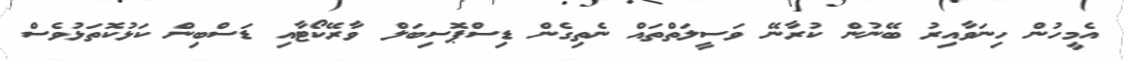
އެމީހުން ހިނަވާއިރު ބޭނުން ކުރާނޭ ވަސީލަތްތައް ނެތިގެން ޑިސްޕޮސިބަލް ވާރޭކޯޓާއި ޑަސްބިން ކަޅުކޮތަޅުވެސް